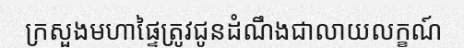
ក្រសួងមហាផ្ទៃត្រូវជូនដំណឹងជាលាយលក្ខណ៍